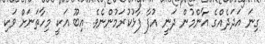
ގިނަ އަދަދެއްގެ އާންމުން ދަނީ އުފާ ފާޅުކުރަމުންނެވެ. އިބޫ އަކީ މިހާތަނަށް ވަކި